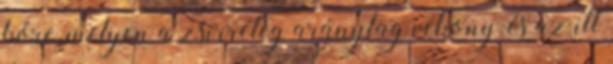
bőre, melyen a zsírréteg aránylag vékony, és az itt